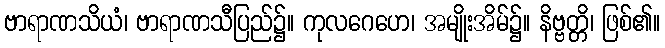
ဗာရာဏသိယံ၊ ဗာရာဏသီပြည်၌။ ကုလဂေဟေ၊ အမျိုးအိမ်၌။ နိဗ္ဗတ္တိ၊ ဖြစ်၏။